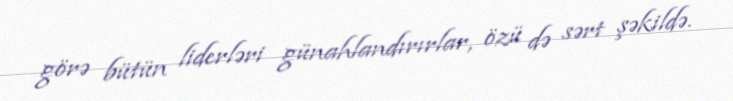
görə bütün liderləri günahlandırırlar, özü də sərt şəkildə.